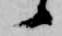
候